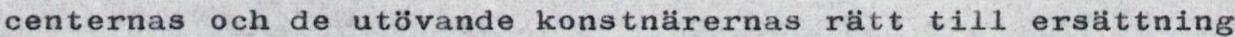
centernas och de utövande konstnärernas rätt till ersättning